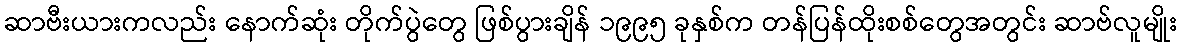
ဆာဗီးယားကလည်း နောက်ဆုံး တိုက်ပွဲတွေ ဖြစ်ပွားချိန် ၁၉၉၅ ခုနှစ်က တန်ပြန်ထိုးစစ်တွေအတွင်း ဆာဗ်လူမျိုး